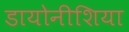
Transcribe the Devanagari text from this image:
डायोनीशिया